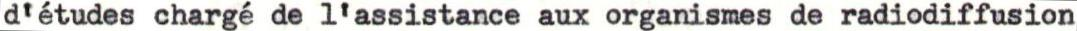
d'études chargé de l'assistance aux organismes de radiodiffusion